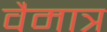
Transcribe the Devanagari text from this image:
वैमात्र